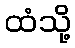
ထံသို့